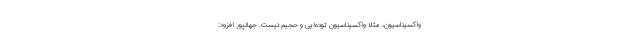
واکسیناسیون، مثلا واکسیناسیون توده‌ایی و حجیم نیست. جهانپور افزود: